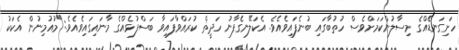
ހަށިގަނޑެެއްގެ މިސާލުންކަމަށްވެސް ހުތުބާގައި ބުނެފައިވެއެވެ. އެކަލޭނގެފާނު ހަދީޡް ކުރައްވާފައިވާ ބަސްފުޅެއްގެ މާނައިގައިވެއެވެ.:"މުއުމިނުން އެކަކު